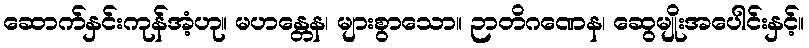
ဆောက်နှင်းကုန်အံ့ဟု။ မဟန္တေန၊ များစွာသော။ ဉာတိဂဏေန၊ ဆွေမျိုးအပေါင်းနှင့်။